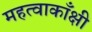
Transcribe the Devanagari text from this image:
महत्वाकाँक्षी